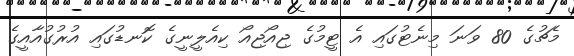
މެޗުގެ 80 ވަނަ މިނެޓުގައި އެ ޓީމުގެ ޖިއޯޖިއޯ ކިއެލީނީގެ ކޮނޑުގައި އުރުގުއާއީގެ